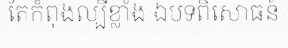
តែកំពុងល្បីខ្លាំង ឯបទពិសោធន៍